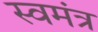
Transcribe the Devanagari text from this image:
स्वमंत्र